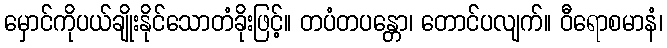
မှောင်ကိုပယ်ချိုးနိုင်သောတံခိုးဖြင့်။ တပံတပန္တော၊ တောင်ပလျက်။ ဝီရောစမာနံ၊